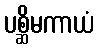
ပစ္ဆိမကာယံ